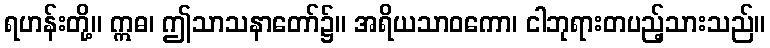
ရဟန်းတို့။ ဣဓ၊ ဤသာသနာတော်၌။ အရိယသာဝကော၊ ငါဘုရားတပည့်သားသည်။